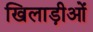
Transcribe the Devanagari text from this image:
खिलाड़ीओं